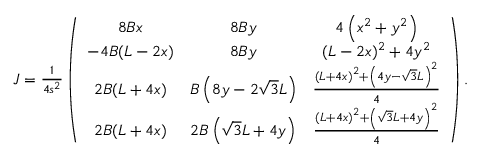
\begin{array} { r } { J = \frac 1 { 4 s ^ { 2 } } \left( \begin{array} { c c c } { 8 B x } & { 8 B y } & { 4 \left( x ^ { 2 } + y ^ { 2 } \right) } \\ { - 4 B ( L - 2 x ) } & { 8 B y } & { ( L - 2 x ) ^ { 2 } + 4 y ^ { 2 } } \\ { 2 B ( L + 4 x ) } & { B \left( 8 y - 2 \sqrt { 3 } L \right) } & { \frac { \left( L + 4 x \right) ^ { 2 } + \left( 4 y - \sqrt { 3 } L \right) ^ { 2 } } { 4 } } \\ { 2 B ( L + 4 x ) } & { 2 B \left( \sqrt { 3 } L + 4 y \right) } & { \frac { \left( L + 4 x \right) ^ { 2 } + \left( \sqrt { 3 } L + 4 y \right) ^ { 2 } } { 4 } } \end{array} \right) . } \end{array}